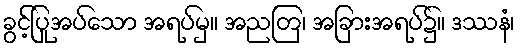
ခွင့်ပြုအပ်သော အရပ်မှ။ အညတြ၊ အခြားအရပ်၌။ ဒဿနံ၊